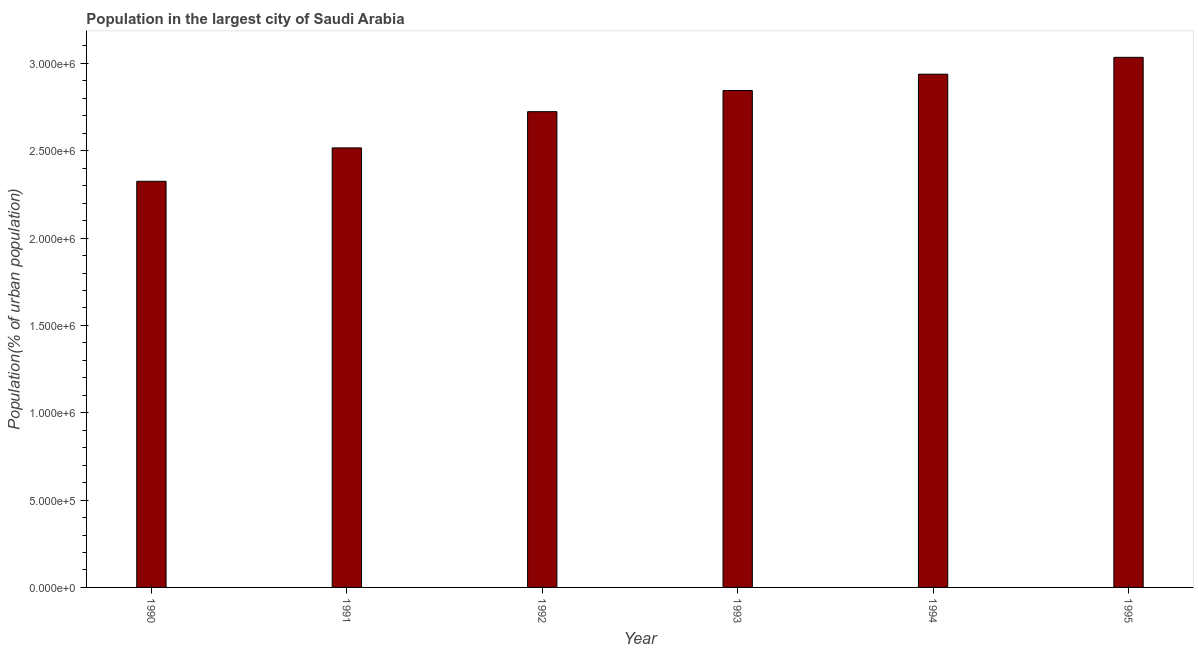
| Year | Population in largest city |
 | --- | --- |
 | 1990 | 2.33e+06 |
 | 1991 | 2.52e+06 |
 | 1992 | 2.72e+06 |
 | 1993 | 2.84e+06 |
 | 1994 | 2.94e+06 |
 | 1995 | 3.03e+06 |